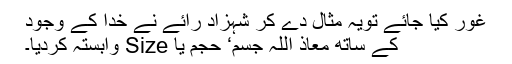
غور کیا جائے تویہ مثال دے کر شہزاد رائے نے خدا کے وجود
کے ساتھ معاذ اللہ جسم‘ حجم یا Size وابستہ کردیا۔